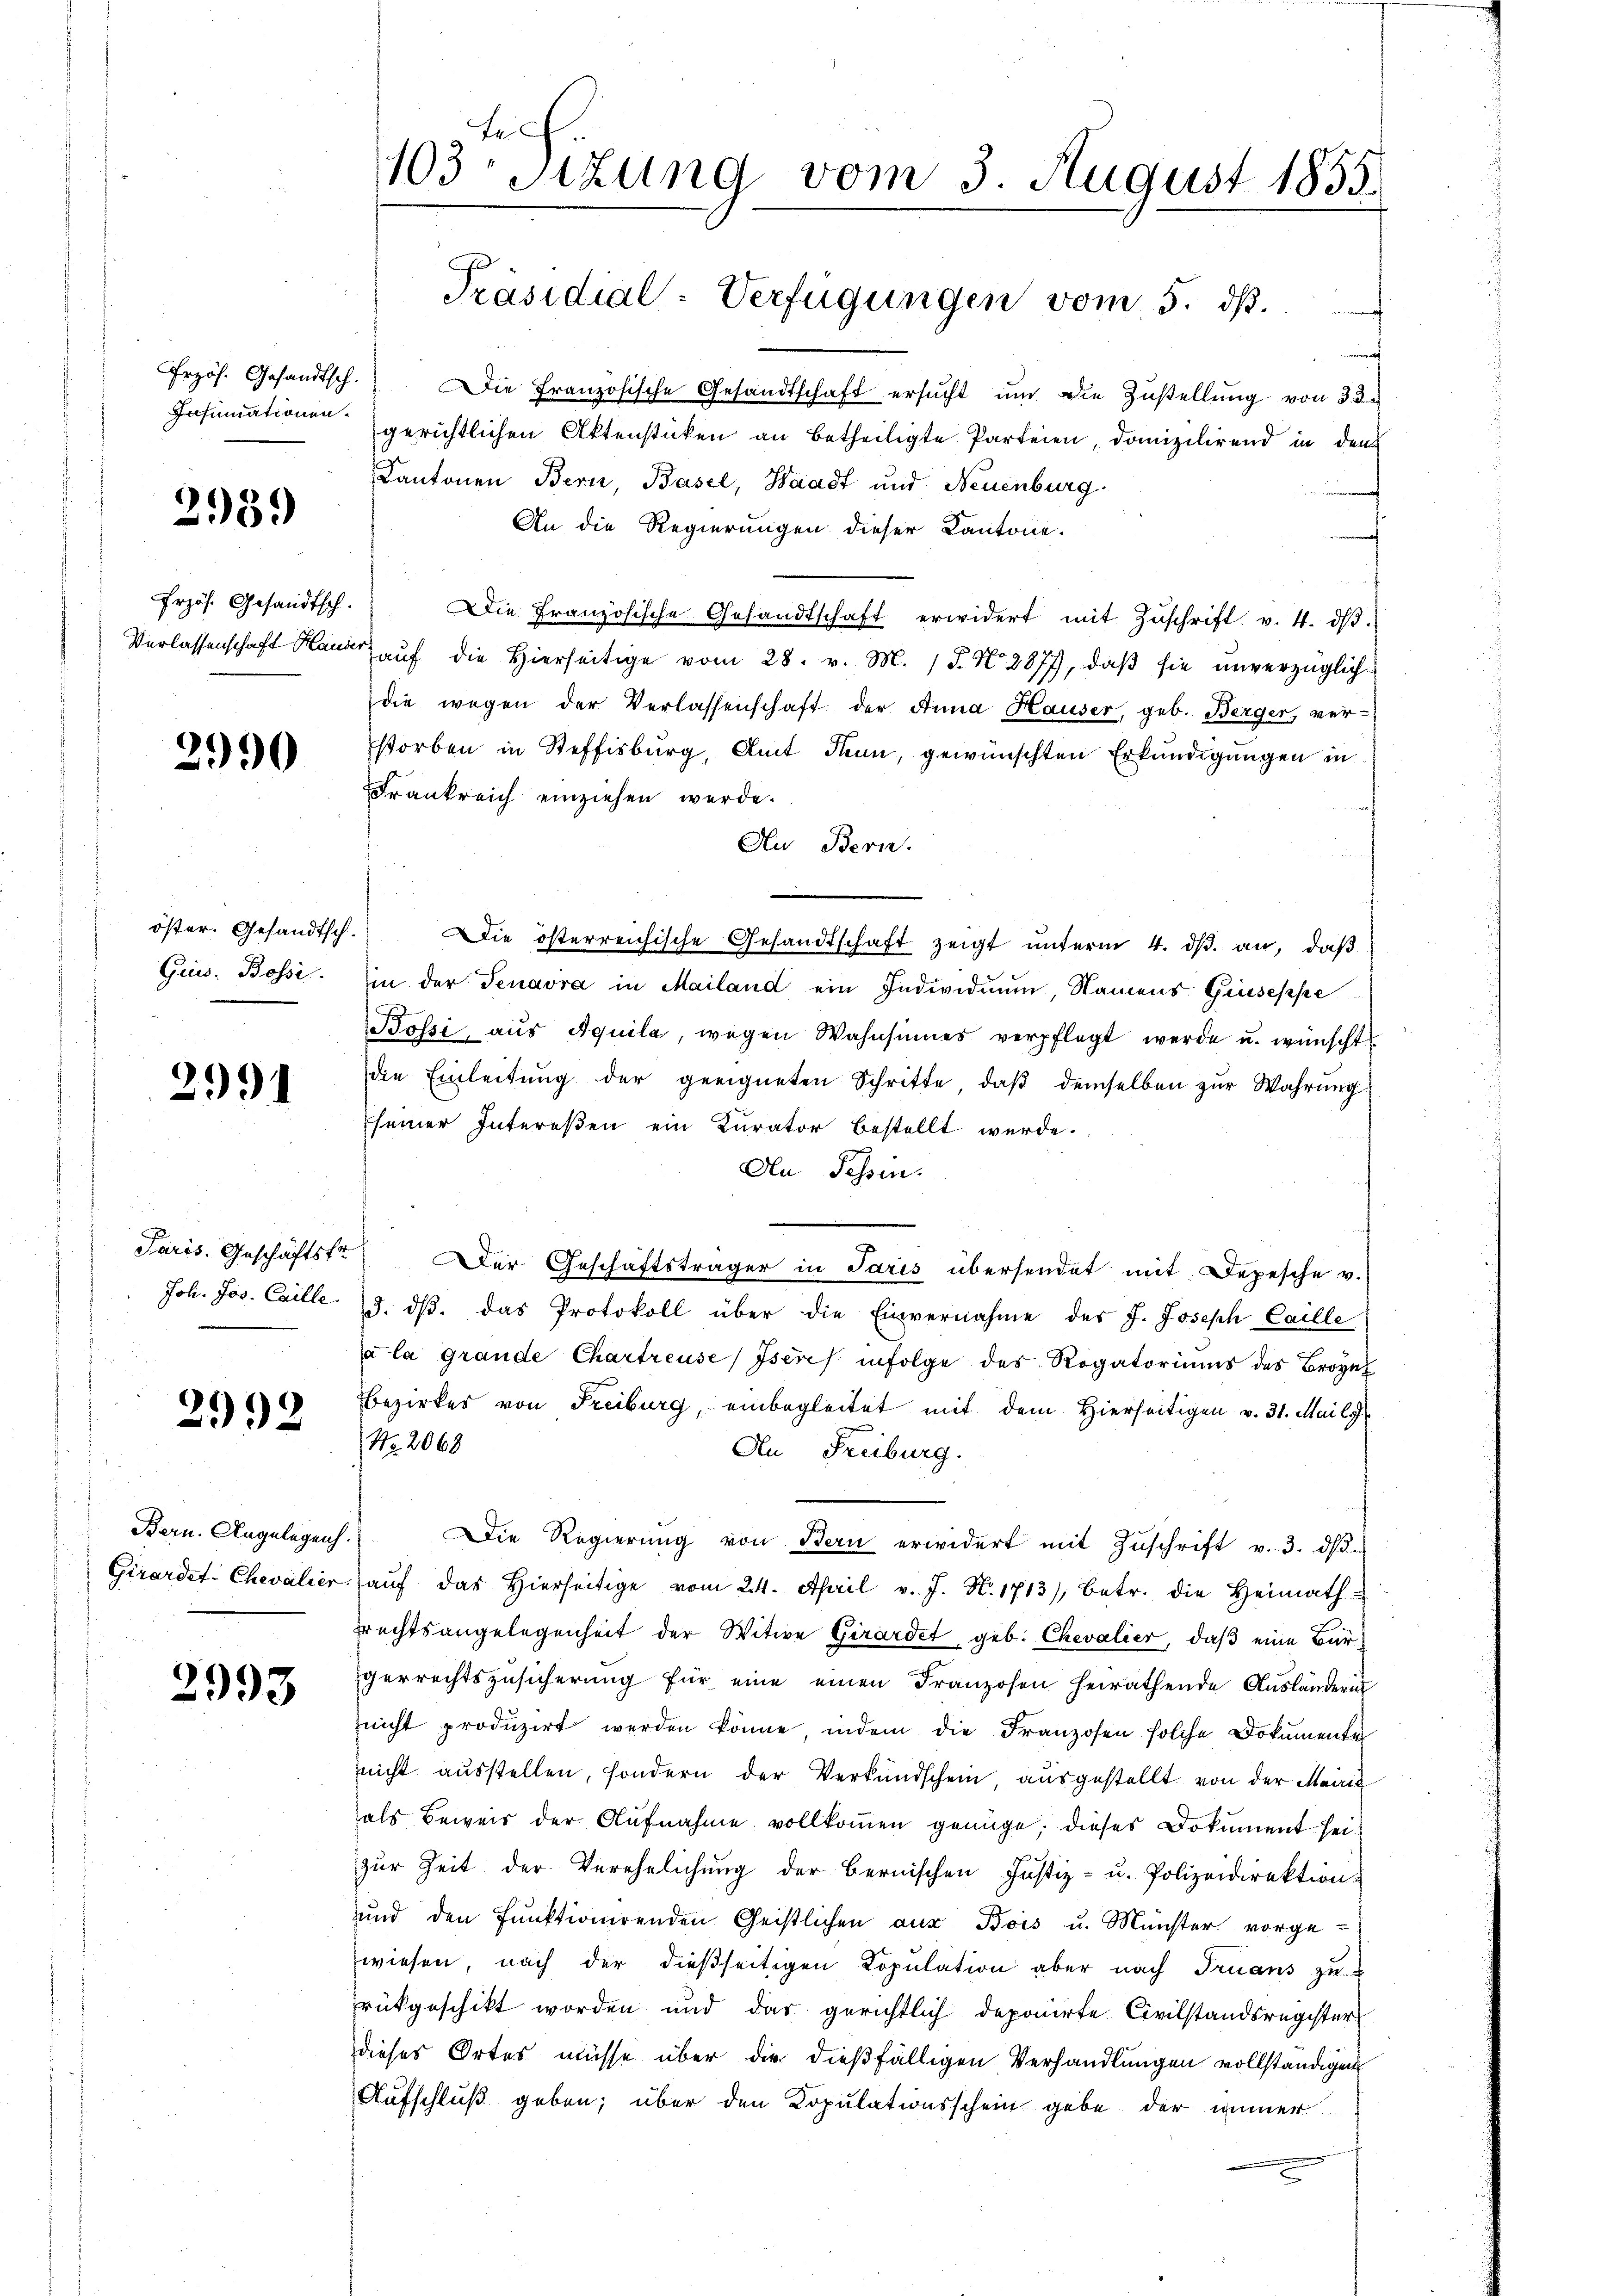
Erzös. Gesandtsch.

2989

Przös. Gesandtsch.

2990

öster. Gesandtsch-
Guis. Bossi

2991

Joh. Jos. Eville.

2992

Bern. Angelegenh
Girardet-Chevalier

2993

Die Französische Gesandtschaft ersucht und die Zustellung von 33
Insumationen gerichtlichen Aktenstücken an betheiligte Parteien, domizilirend in den
Kantonen Bern, Basel, Waadt und Neuenburg
An die Regierungen dieser Kantone.
Die Französische Gesandtschaft erwidert mit Zŭschrift v. 4. dβ.
Verlassenschaft Hand aŭf die hierseitige vom 28. v. M. 18. No. 2877, daβ sie unverzügliche
die wegen der Verlassenschaft der Anna Hauser, geb. Berger, ver-
storben in Steffisburg, Amt denn, gewünschten Erkundigungen in
Frankreich einziehen werde.
Au Bern.
Die österreichische Gesandtschaft zeigt ŭnterm 4. dβ. an, daß
in der Tenavra in Mailand ein Individim, Namens Gruseppe
Bossi, aŭs Aquila, wegen Wahnsinnes verpflegt werde u. wünscht
die Einleitung der geeigneten Schritte, daβ demselben zur Wahrung
seiner Intereßen ein Kurator bestellt werde.
An Tessin.
Paris. Geschäftstr  Der Geschäftsträger in Paris übersendet mit Depesche v.
3. dβ das Protokoll über die Einvernahme des J. Joseph Caille
ja la grande Chartreuse, Iseres infolge des Rogatoriums des Brozes
Bezirkes von Freiburg, einbegleitet mit dem Hierseitigen v. 31. Maily
Nr. 2068
An Freiburg.
Die Regierung von Bern erwidert mit Zuschrift v. 3. ds
aŭf das hierseitige vom 24. April v. J. N. 1713), betr. die Heimath
rechtsangelegenheit der Witwe Girardet, geb. Chevalier, daß eine Bürgerrechtszusicherung für eine einen Franzosen heirathende Ausländerin
nicht produzirt werden könne, indem die Franzosen solche Dokumente
nicht aŭsstellen, sondern der Verkŭndschein, aŭsgestellt von der Mairić
als Beweis der Aufnahme vollkommen genüge; dieses Dokument seizur Zeit der Verehelichung der bernischen Justiz- u. Polizeidirektion
und den Funktionirenden Geistlichen aus Bois u. Münster vorge-
wiesen, nach der dießseitigen Kopulation aber nach Truans zu
rükgeschikt worden und das gerichtlich deponirte Civilstandsregister
dieses Ortes müsse über die dießfälligen Verhandlungen vollständigen
Aufschluß geben; über den Kopulationsschein gebe der immer

103 sizung vom 3. August 1855.

Präsidial-Verfügungen vom 5. dβ.